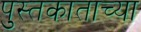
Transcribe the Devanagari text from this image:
पुस्तकाताच्या